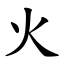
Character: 火